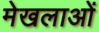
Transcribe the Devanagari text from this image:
मेखलाओं